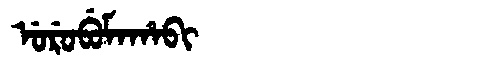
Manchu: ᡠᡵᡠᠪᡠᠮᠠᡥᠠᠪᡳ
Romanization: URUBUMAHABI